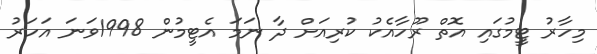
މިހާރު ޓީމުގައި އޮތް ރޫހާއެކު ކުރިއަށް ދާ ނަމަ އެޓީމުން 1998ވަނަ އަހަރު